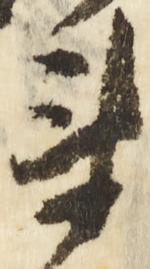
衛